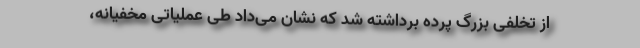
از تخلفی بزرگ پرده برداشته شد که نشان می‌داد طی عملیاتی مخفیانه،